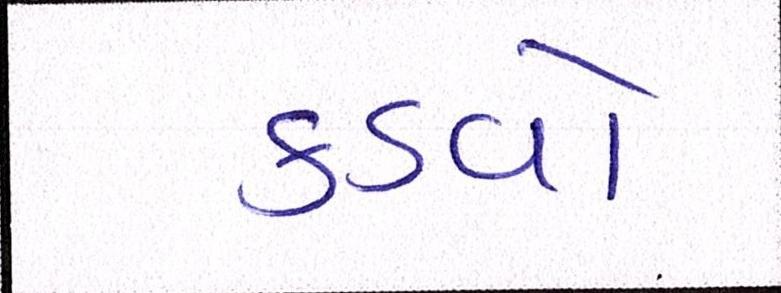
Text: કડવો